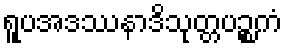
ရူပအဒဿနာဒိသုတ္တပဉ္စကံ